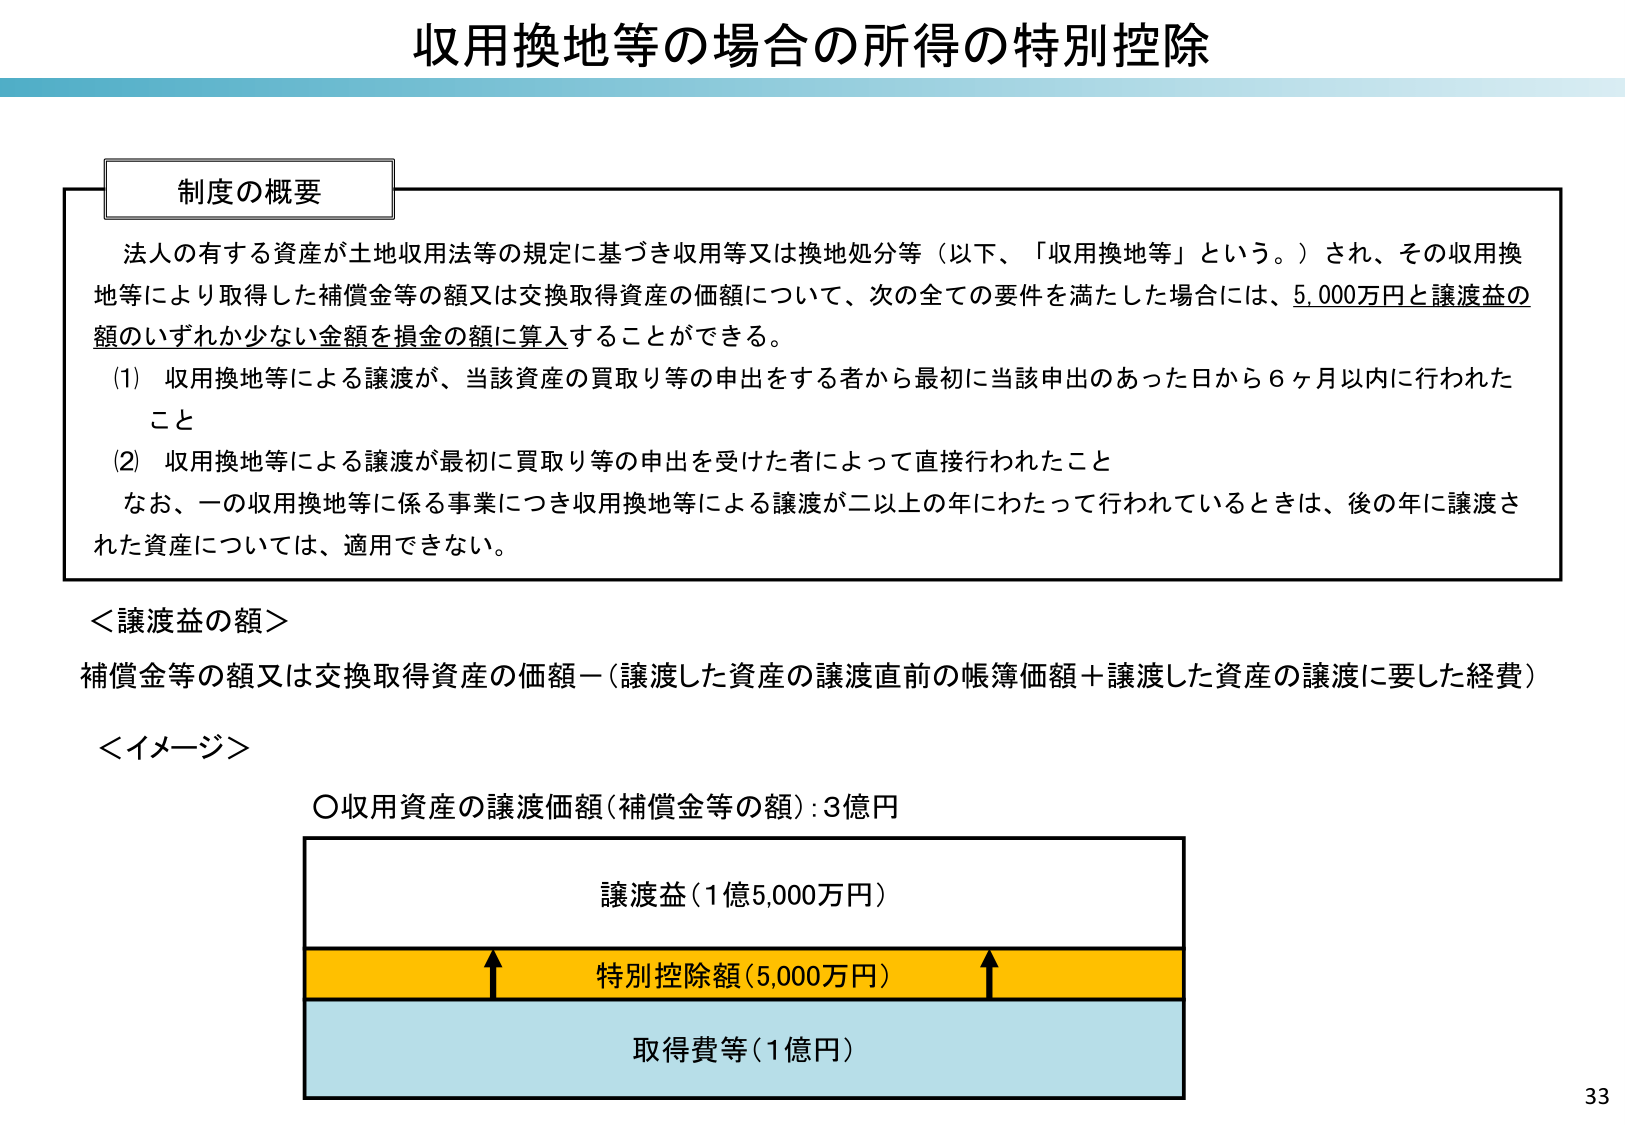
収用換地等の場合の所得の特別控除

制度の概要
法人の有する資産が土地収用法等の規定に基づき収用等又は換地処分等（以下、「収用換地等」という。）され、その収用換地等により取得した補償金等の額又は交換取得資産の価額について、次の全ての要件を満たした場合には、5,000万円と譲渡益の額のいずれか少ない金額を損金の額に算入することができる。
(1) 収用換地等による譲渡が、当該資産の買取り等の申出をする者から最初に当該申出のあった日から6ヶ月以内に行われたこと
(2) 収用換地等による譲渡が最初に買取り等の申出を受けた者によって直接行われたこと
なお、一の収用換地等に係る事業につき収用換地等による譲渡が二以上の年にわたって行われているときは、後の年に譲渡された資産については、適用できない。

＜譲渡益の額＞
補償金等の額又は交換取得資産の価額－（譲渡した資産の譲渡直前の帳簿価額＋譲渡した資産の譲渡に要した経費）

＜イメージ＞
〇収用資産の譲渡価額（補償金等の額）：3億円

譲渡益（1億5,000万円）
特別控除額（5,000万円）
取得費等（1億円）

33